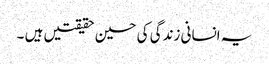
یہ انسانی زندگی کی حسین حقیقتیں ہیں ۔